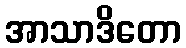
အာသာဒိတော